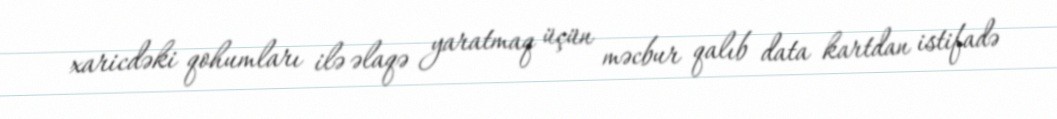
xaricdəki qohumları ilə əlaqə yaratmaq üçün məcbur qalıb data kartdan istifadə